Punjab Mental Hospital Lahore 1932-46 - 1932-1946
Year: 1932
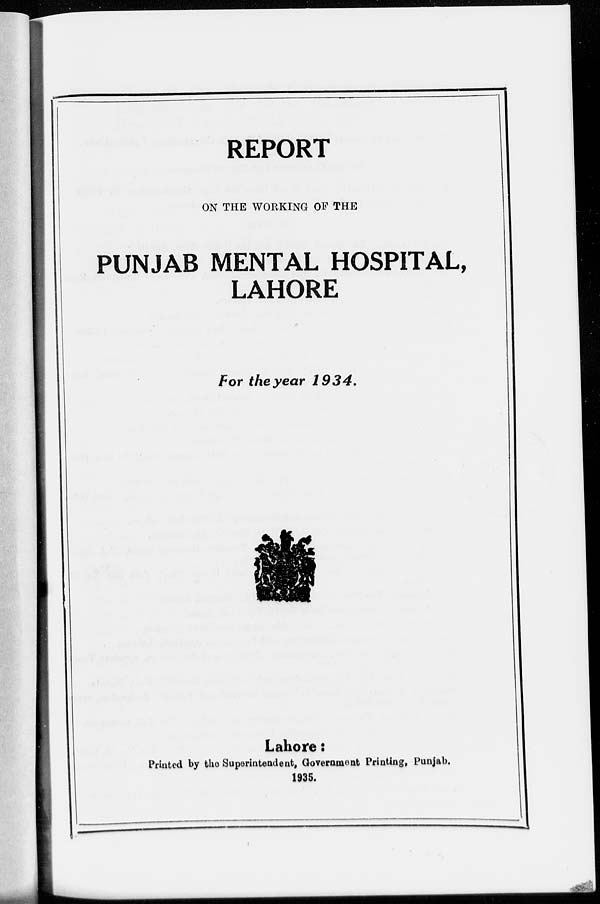
REPORT
ON THE WORKING OF THE
PUNJAB MENTAL HOSPITAL,
LAHORE
For the year 1934.
Lahore:
Printed by the Superintendent, Government Printing, Punjab.
1935.